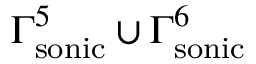
\Gamma _ { \mathrm { { s o n i c } } } ^ { 5 } \cup \Gamma _ { \mathrm { { s o n i c } } } ^ { 6 }